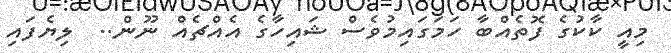
މިއީ ކާކުގެ ފޮތެއްބާ ހަމަގައިމުވެސް ޝައިހާގެ އެއްޗެއް ނޫން..  ލިޔެފައި